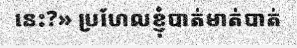
នេះ?» ប្រហែលខ្ញុំបាត់មាត់បាត់